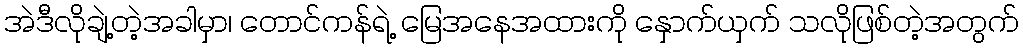
အဲဒီလိုချဲ့တဲ့အခါမှာ၊ တောင်ကန်ရဲ့ မြေအနေအထားကို နှောက်ယှက် သလိုဖြစ်တဲ့အတွက်